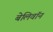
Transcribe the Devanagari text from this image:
बेलिवॉन